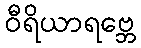
ဝီရိယာရဗ္ဘေ